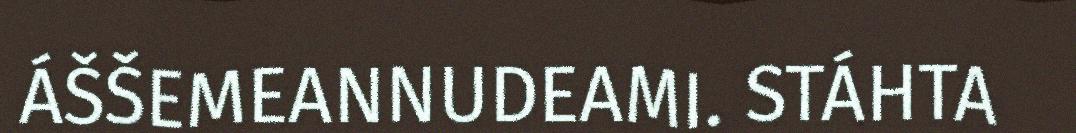
ÁŠŠEMEANNUDEAMI. STÁHTA